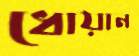
ধোয়ান